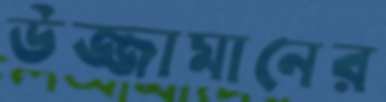
উজ্জামানের